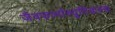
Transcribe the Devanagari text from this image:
जैवफार्मास्यूटिकल्स